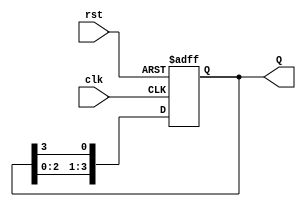
module ring_counter #(
    parameter N = 4  // Parameter to define the number of flip-flops
) (
    input wire clk,     // Clock input
    input wire rst,     // Asynchronous reset input
    output reg [N-1:0] Q // N-bit output representing current state of the counter
);

    // Initial state for the Ring Counter
    initial begin
        Q = 1; // Set initial state to 0001 for a 4-bit counter
    end

    always @(posedge clk or posedge rst) begin
        if (rst) begin
            Q <= 1; // Reset to initial state (only the first flip-flop is '1')
        end else begin
            Q <= {Q[N-2:0], Q[N-1]}; // Shift left and wrap around the last bit
        end
    end

endmodule